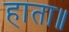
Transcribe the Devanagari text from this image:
हाता॥